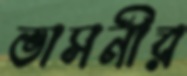
ভাসনীর